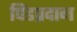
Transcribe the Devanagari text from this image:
पिंडप्रदान